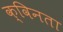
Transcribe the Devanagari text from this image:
क्विनता